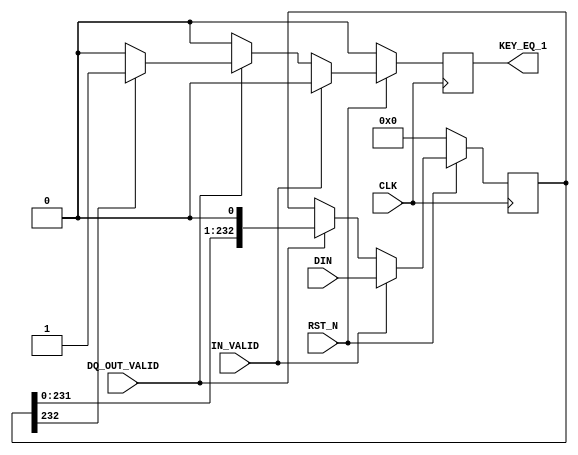
`timescale 1ns / 1ps
//////////////////////////////////////////////////////////////////////////////////
// Company: 
// Engineer: 
// 
// Design Name: 
// Module Name:    KEY_PARSE 
// Project Name: 
// Target Devices: 
// Tool versions: 
// Description: 
//
// Dependencies: 
//
// Revision: 
// Revision 0.01 - File Created
// Additional Comments: 
//
//////////////////////////////////////////////////////////////////////////////////
module ARS_KEY_PARSE(
				CLK,
				RST_N,
				DIN,
				KEY_EQ_1,
				IN_VALID,
				DQ_OUT_VALID
				);

input CLK, RST_N;
input [232 : 0] DIN;
input IN_VALID, DQ_OUT_VALID;
output KEY_EQ_1;
reg KEY_EQ_1;

reg [232 : 0] data_temp;

always @(posedge CLK)
	if(!RST_N)
		begin
			data_temp <= 0;
			KEY_EQ_1 <= 0;
		end
    else if(IN_VALID)
		begin
			data_temp <= DIN;
			KEY_EQ_1 <= 0;
		end
	else if(DQ_OUT_VALID)
		begin
			if(data_temp[232] == 1'b1)
				begin
					KEY_EQ_1 <= 1'b1;
				end
			else
				begin
					KEY_EQ_1 <= 1'b0;
				end
			data_temp <= {{data_temp[231:0]},1'b0};	
		end
	else
		KEY_EQ_1 <= 1'b0;
	
			
//always @(posedge CLK)
//	if()

				
endmodule